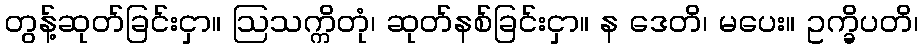
တွန့်ဆုတ်ခြင်းငှာ။ ဩသက္ကိတုံ၊ ဆုတ်နစ်ခြင်းငှာ။ န ဒေတိ၊ မပေး။ ဥက္ခိပတိ၊